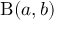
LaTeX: \textstyle \mathrm { \mathrm { B } } ( a , b )